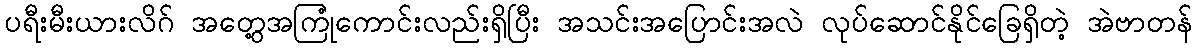
ပရီးမီးယားလိဂ် အတွေ့အကြုံကောင်းလည်းရှိပြီး အသင်းအပြောင်းအလဲ လုပ်ဆောင်နိုင်ခြေရှိတဲ့ အဲဗာတန်